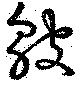
皺